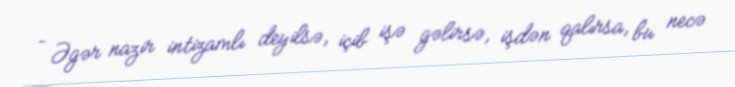
– Əgər nazir intizamlı deyilsə, içib işə gəlirsə, işdən qalırsa, bu necə